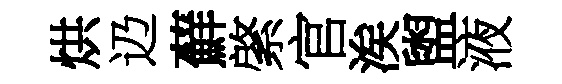
烘辸蘚綮官涘盥液